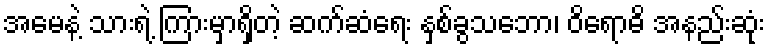
အမေနဲ့ သားရဲ့ ကြားမှာရှိတဲ့ ဆက်ဆံရေး နှစ်ခွသဘော၊ ဝိရောဓိ အနည်းဆုံး